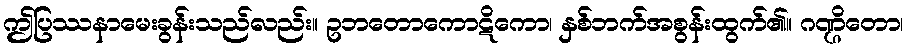
ဤပြဿနာမေးခွန်းသည်လည်း။ ဥဘတောကောဋိကော၊ နှစ်ဘက်အစွန်းထွက်၏။ ဂဏ္ဌိတော၊